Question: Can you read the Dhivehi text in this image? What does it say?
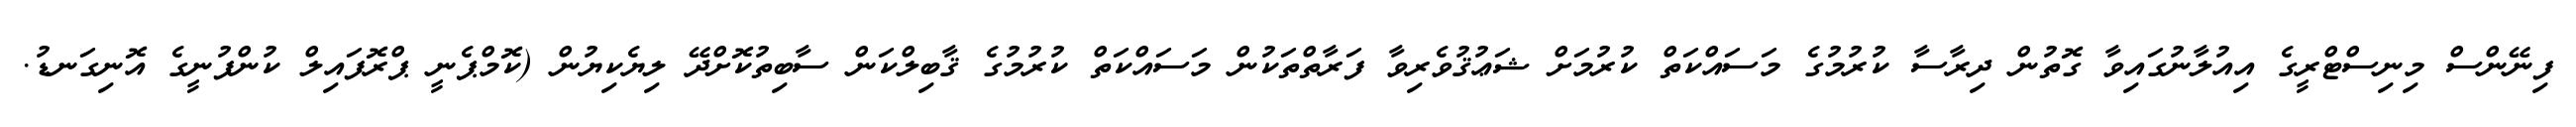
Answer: ފިނޭންސް މިނިސްޓްރީގެ އިއުލާނުގައިވާ ގޮތުން ދިރާސާ ކުރުމުގެ މަސައްކަތް ކުރުމަށް ޝަޢުޤުވެރިވާ ފަރާތްތަކުން މަސައްކަތް ކުރުމުގެ ޤާބިލްކަން ސާބިތުކޮށްދޭ ލިޔެކިޔުން (ކޮމްޕެނީ ޕްރޮފައިލް ކުންފުނީގެ އޮނިގަނޑު.